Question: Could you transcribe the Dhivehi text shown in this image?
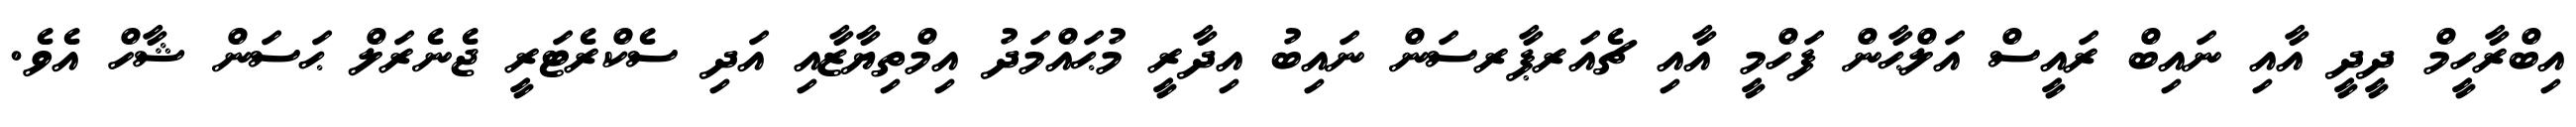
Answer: އިބްރާހީމް ދީދީ އާއި ނައިބް ރައީސް އަލްޙާން ފަހްމީ އާއި ޗެއަރޕާރސަން ނައިބު އިދާރީ މުޙައްމަދު އިމްތިޔާޒާއި އަދި ސެކްރެޓަރީ ޖެނެރަލް ޙަސަން ޝާހް އެވެ.